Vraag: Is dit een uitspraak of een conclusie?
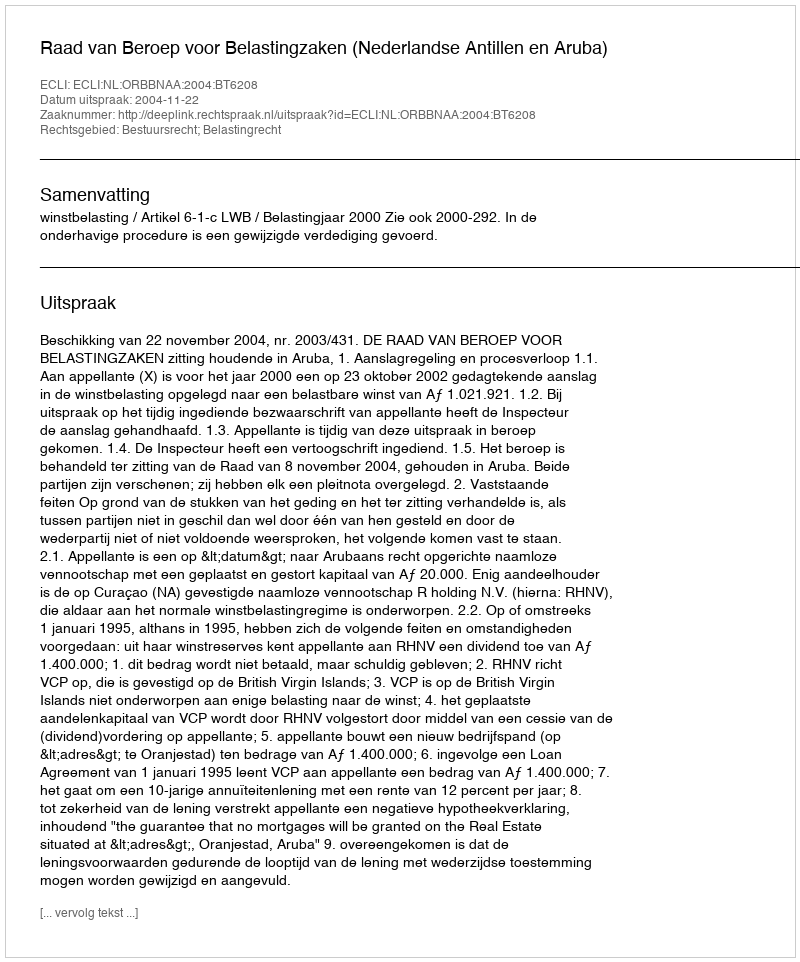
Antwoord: Uitspraak